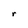
Character: r